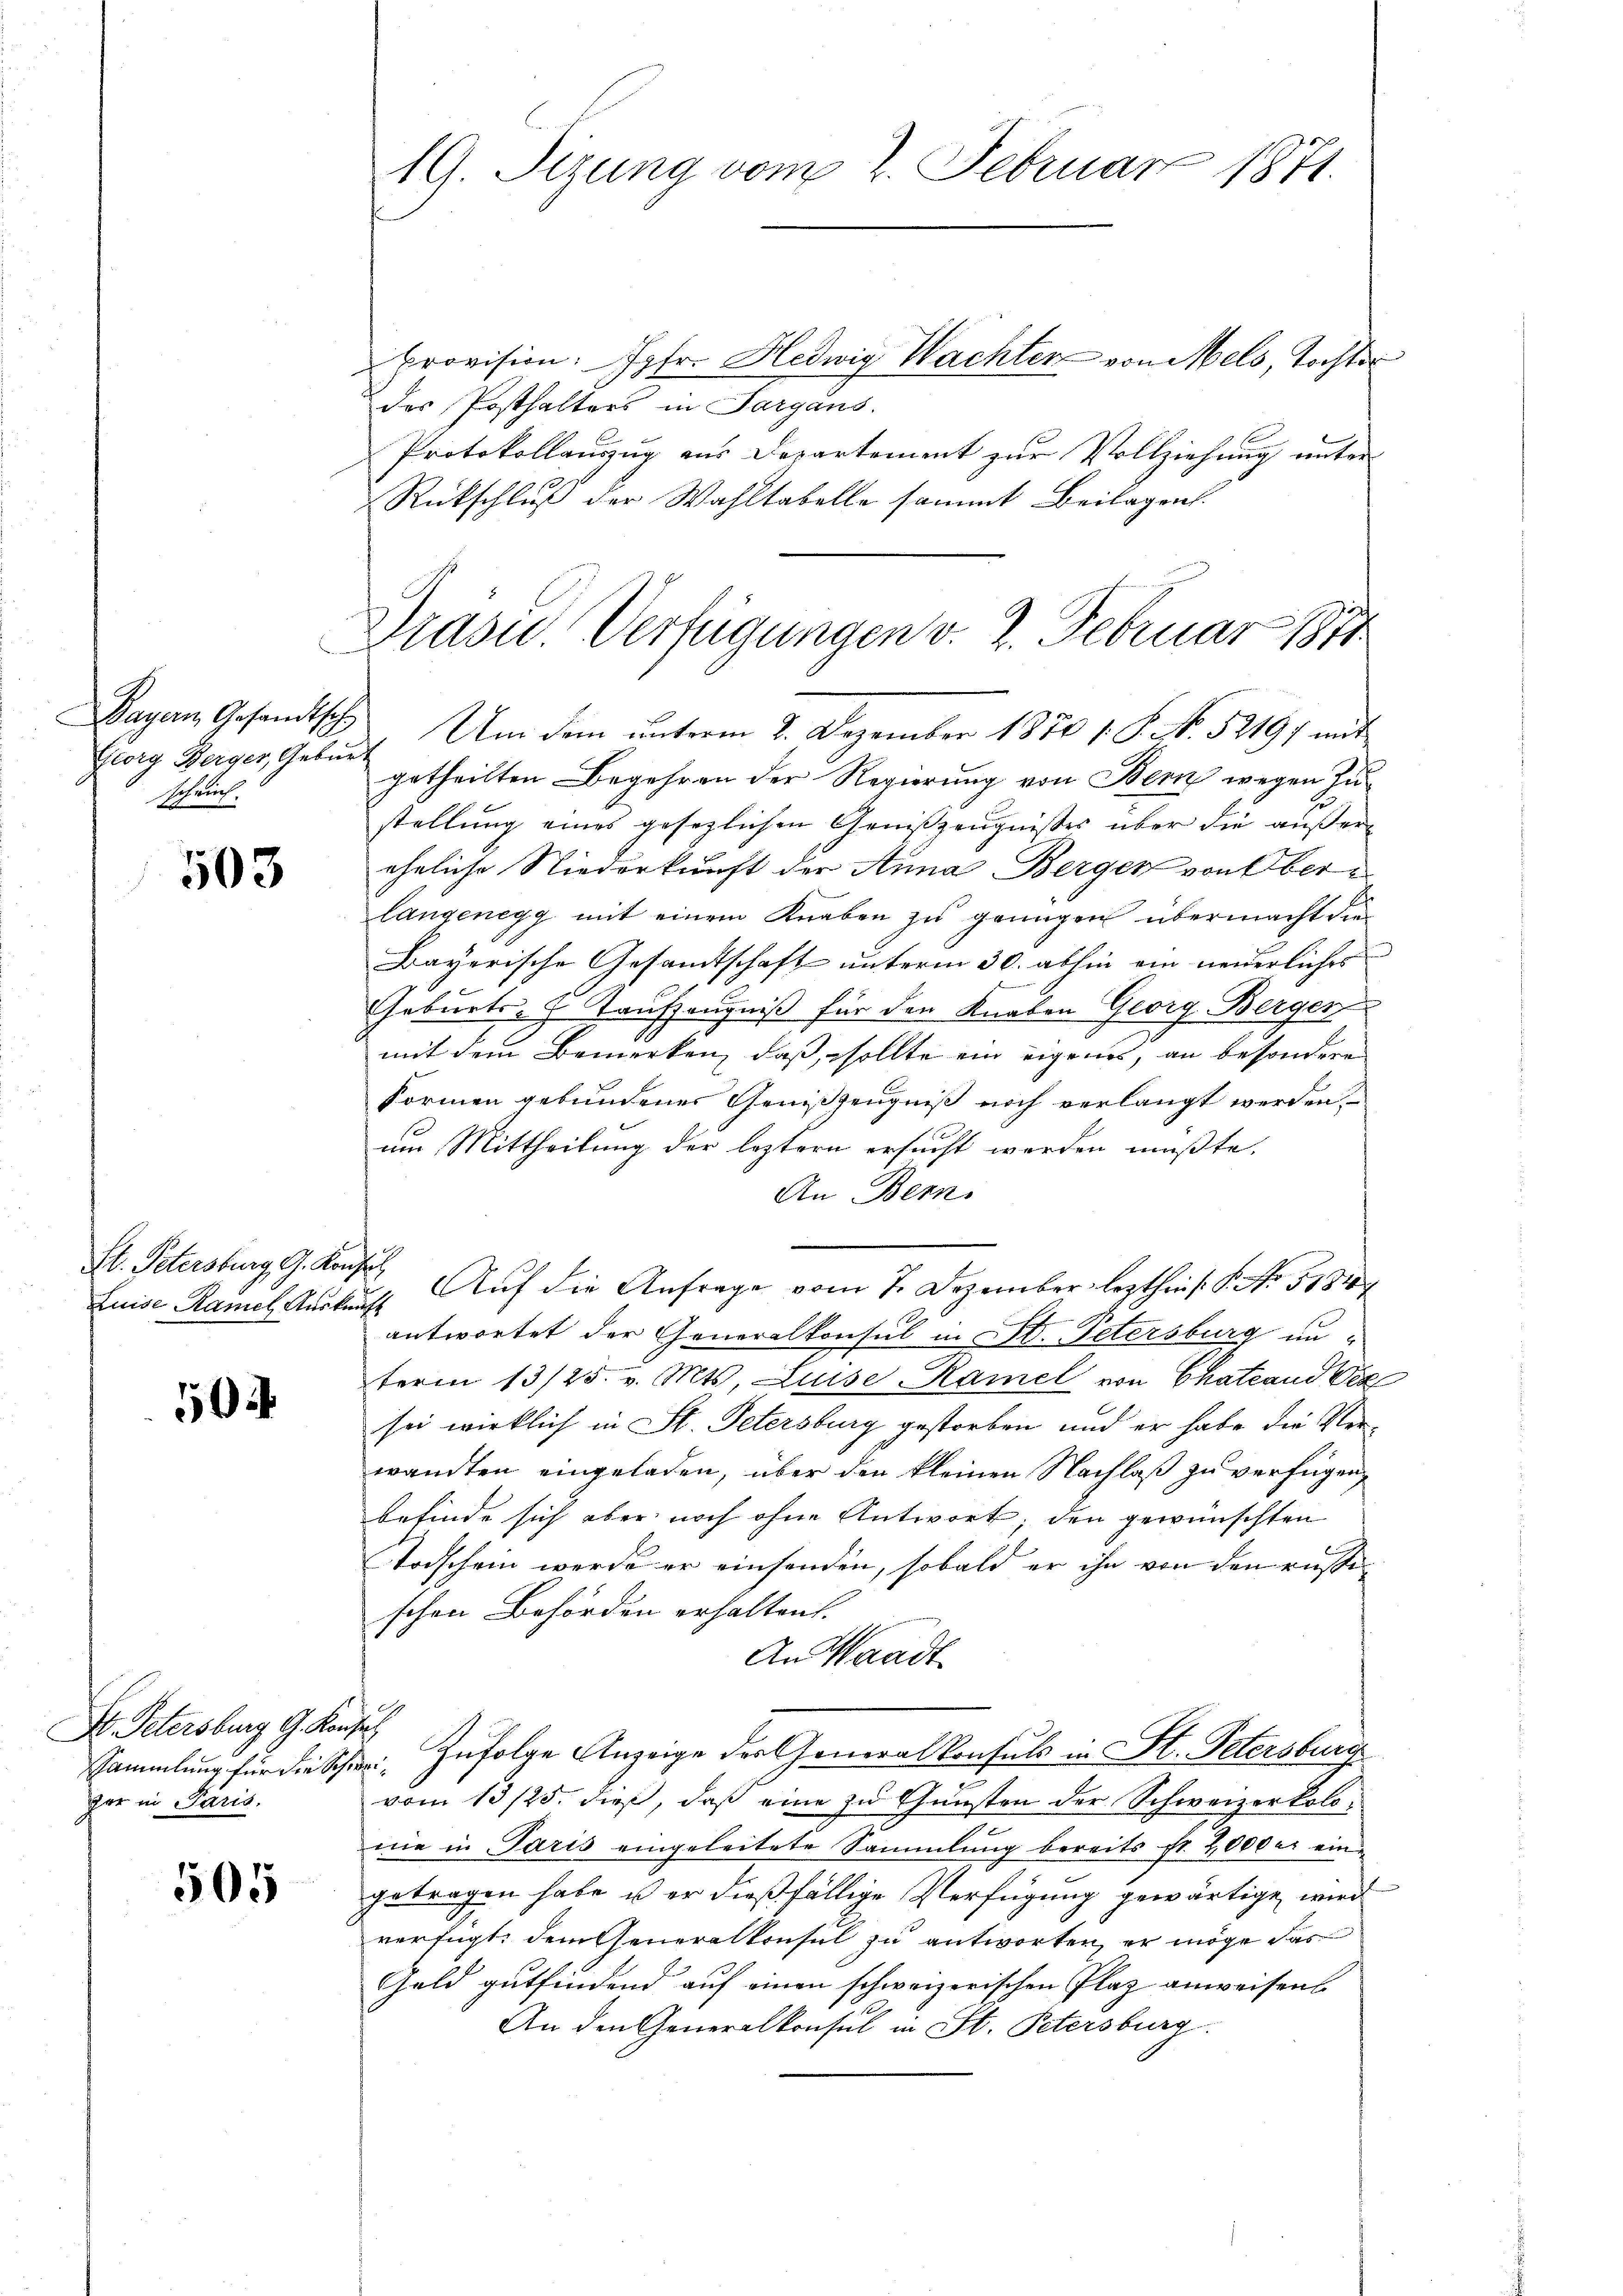
Bayern Gesandtsch
scheint.

503

St. Petersburg, G. Konz
Luise Ramel Auskunft

50

N. Petersburg G. Kon¬
Sammlung für die Schzer in Paris.

505

19. Sizung vom 2. Februar 1871.

provision: Jgfr. Hedwig Wachter von Mels, Tochter
des Posthalters in Sargans.
Protokollauszug aus Departement zur Vollziehung unter
Rückschluß der Wahltabelle sammt Beilagen.

Drasu. Verfügungen v. 2. Februar 1871

Georg Berger, Geburt. Um dem unterm 2. Dezember 1870 1. P. Nr. 52197 mit
getheilten Begehren der Regierung von Bern wegen Zustellung eines gesezlichen Genißzeugnißes über die außer
eheliche Niederkunft der Anna Berger von Oberlangenegg mit einem Knaben zu genügen übermacht die
Bayerische Gesandtschaft unterm 30. abhin ein neuerliches
Geburts- & Kaufzeugniß für den Knaben Georg Berger
mit dem Bemerken, daß, wollte ein eigenes, an besondere
Formen gebundener Genißzeugniß noch verlangt werden,
um Mittheilung der leztern ersucht werden müßte.
An Bern.
 Auf die Anfrage vom 7. Dezember lezthin s. S. No. 5181
E
antwortet der Generalkonsul in St. Petersburg unterm 13/25. v. Mts. Luise Kamel von Chateand Ver
sei wirklich in St. Petersburg gestorben und er habe die Verwandten eingeladen, über den kleinen Nachlaß zu verfügen,
befinde sich aber noch ohne Antwort; den gewünschten
Todschein werde er einsenden, sobald er ihn von den russischen Behörden erhalten.
An Waadt
.
h
Zufolge Anzeige des Generalkonsuls in St. Petersburg
¬
vom 13/25. dieß, daß eine zu Gunsten der Schweizerkolonie in Paris eingeleitete Sammlung bereits Fr. 2,000 er eingetragen habe u er dießfällige Verfügung gewärtige wird
verfügt, dem Generalkonsul zu antworten, er möge das
Geld gutfindend auf einen schweizerischen Plaz anweisen.
An den Generalkonsul in St. Petersburg.